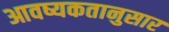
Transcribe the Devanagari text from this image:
आवष्यकतानुसार